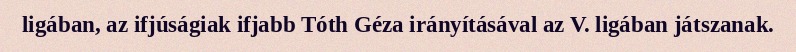
ligában, az ifjúságiak ifjabb Tóth Géza irányításával az V. ligában játszanak.